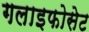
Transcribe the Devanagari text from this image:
गलाइफोसेट